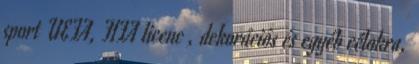
sport UEFA, FIFA licenc , dekorációs és egyéb célokra,